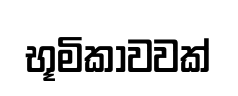
භූමිකාවවක්